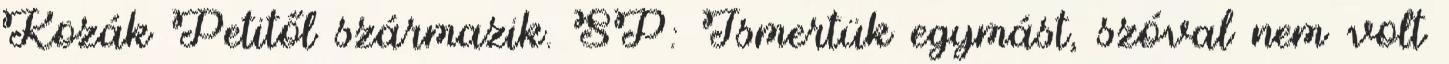
Kozák Petitől származik. SP: Ismertük egymást, szóval nem volt